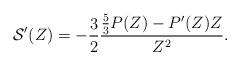
LaTeX: \begin{align*} \mathcal{S}'(Z) = -\frac{3}{2} \frac{ \frac{5}{3} P(Z) - P'(Z) Z }{Z^2}.\end{align*}